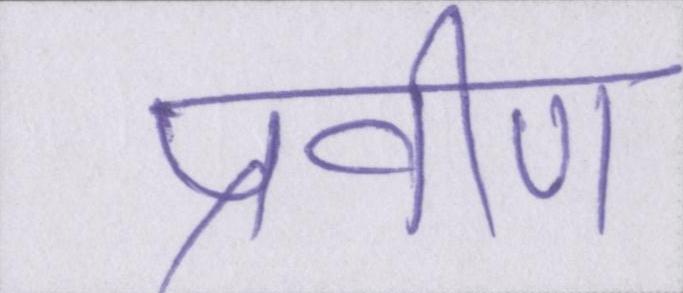
प्रवीण